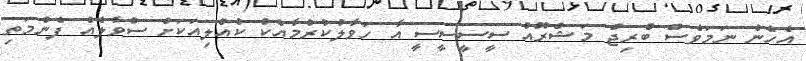
އެހެން ނަމަވެސް ބްރިޖް މަޝްރޫއު ސީސީސީސީ އާ ހަވާލުކުރުމާއެކު ކުއްލިއަކަށް ސުވާލެއް ފެންމަތި